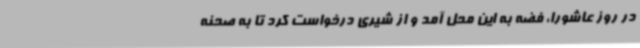
در روز عاشورا، فضه به این محل آمد و از شیری درخواست کرد تا به صحنه